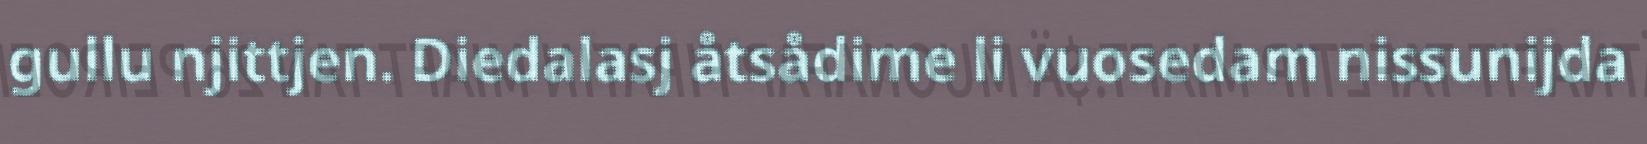
gullu njittjen. Diedalasj åtsådime li vuosedam nissunijda